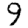
Digit: 9